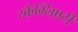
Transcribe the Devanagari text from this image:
स्कैग्लिएटी